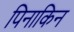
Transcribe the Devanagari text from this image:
पिनाकिन